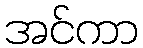
အင်ကာ